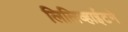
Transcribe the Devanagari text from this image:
लिलिव्हाईटने